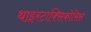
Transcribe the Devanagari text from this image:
थाइरटाक्सिकोसिस